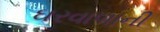
ઘરવાળાની